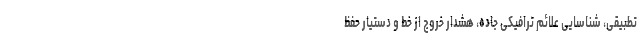
تطبیقی، شناسایی علائم ترافیکی جاده، هشدار خروج از خط و دستیار حفظ